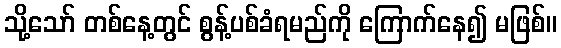
သို့သော် တစ်နေ့တွင် စွန့်ပစ်ခံရမည်ကို ကြောက်နေ၍ မဖြစ်။